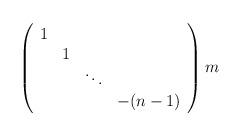
LaTeX: \begin{align*}\left( \begin{array}{cccc} 1 & & & \\ & 1 & & \\ & & \ddots & \\ & & & -(n-1) \end{array} \right)m\end{align*}